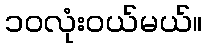
၁၀လုံးဝယ်မယ်။